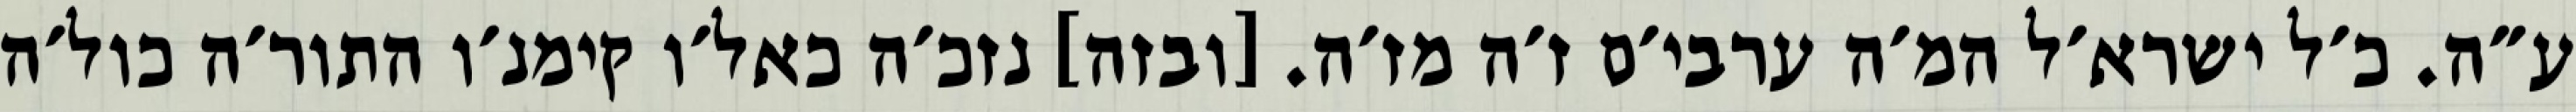
ע״ה. כ׳ל ישרא׳ל המ׳ה ערבי׳ם ז׳ה מז׳ה. [ובזה] נזכ׳ה כאל׳ו קימנ׳ו התור׳ה כול׳ה